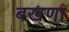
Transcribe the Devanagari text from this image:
बखणा